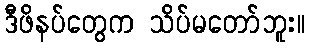
ဒီဖိနပ်တွေက သိပ်မတော်ဘူး။